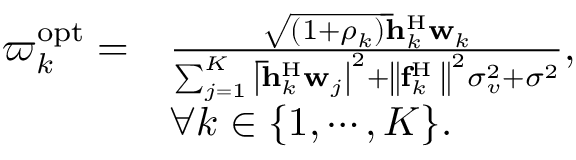
\begin{array} { r l } { { \varpi _ { k } ^ { \mathrm { { o p t } } } } = } & { \frac { { \sqrt { \left( { 1 + { \rho _ { k } } } \right) } { \bf { \bar { h } } } _ { k } ^ { \mathrm { H } } { { \bf { w } } _ { k } } } } { { \sum _ { j = 1 } ^ { K } { { { \left| { { \bf { \bar { h } } } _ { k } ^ { \mathrm { H } } { { \bf { w } } _ { j } } } \right| } ^ { 2 } } } + { { \left\| { { \bf { f } } _ { k } ^ { \mathrm { H } } { { \bf { \Psi } } } } \right\| } ^ { 2 } } \sigma _ { v } ^ { 2 } + { \sigma ^ { 2 } } } } , } \\ & { \forall k \in \{ 1 , \cdots , K \} . } \end{array}